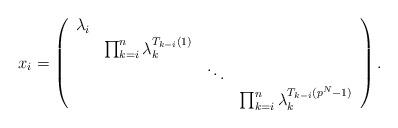
LaTeX: \begin{align*}x_{i} =\left( \begin{array} {cccc} \lambda_{i} & & & \\ & \prod_{k=i}^{n} \lambda_{k}^{T_{k-i}(1)} & & \\ & & \ddots & \\ & & & \prod_{k=i}^{n} \lambda_{k}^{T_{k-i}(p^N-1)} \end{array} \right).\end{align*}